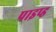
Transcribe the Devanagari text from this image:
पाइप्ड